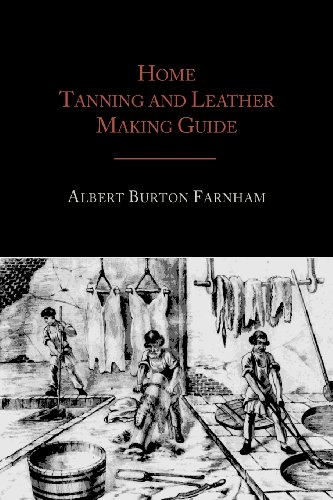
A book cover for Home Tanning and Leather Making Guide; Albert Burton Farnham; Crafts, Hobbies & Home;